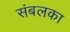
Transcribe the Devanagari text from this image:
संबलका